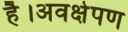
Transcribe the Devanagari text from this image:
है।अवक्षेपण